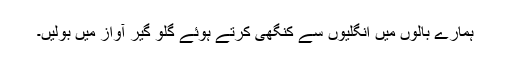
ہمارے بالوں میں انگلیوں سے کنگھی کرتے ہوئے گلو گیر آواز میں بولیں۔